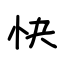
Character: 快